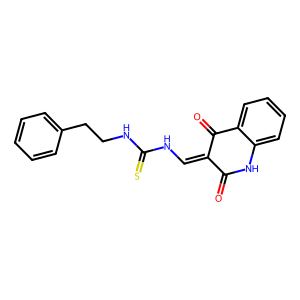
SMILES: O=C1Nc2ccccc2C(=O)C1=CNC(=S)NCCc1ccccc1
Inhibits HIV replication: No